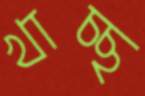
খাচ্ছ